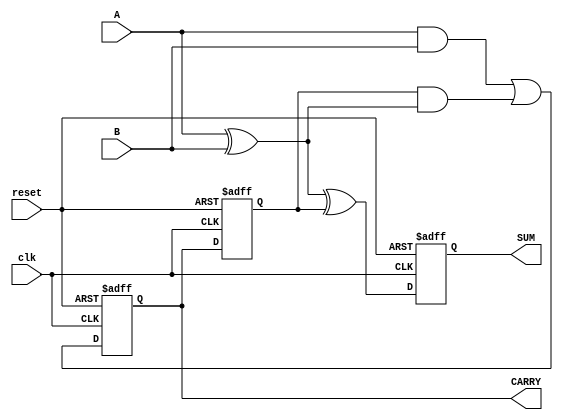
module Sequential_Half_Adder (
    input wire clk,          // Clock signal
    input wire reset,        // Reset signal
    input wire A,           // Input bit A
    input wire B,           // Input bit B
    output reg SUM,         // Output SUM
    output reg CARRY        // Output CARRY
);

    reg Previous_CARRY;     // Register to store the previous carry

    always @(posedge clk or posedge reset) begin
        if (reset) begin
            SUM <= 1'b0;         // Initialize SUM to 0 on reset
            CARRY <= 1'b0;       // Initialize CARRY to 0 on reset
            Previous_CARRY <= 1'b0; // Initialize Previous_CARRY to 0
        end else begin
            // Combinational logic to calculate SUM and CARRY
            SUM <= A ^ B ^ Previous_CARRY; // SUM = A XOR B XOR Previous_CARRY
            CARRY <= (A & B) | (Previous_CARRY & (A ^ B)); // CARRY = (A AND B) OR (Previous_CARRY AND (A XOR B))
            Previous_CARRY <= CARRY; // Update Previous_CARRY for the next clock cycle
        end
    end

endmodule